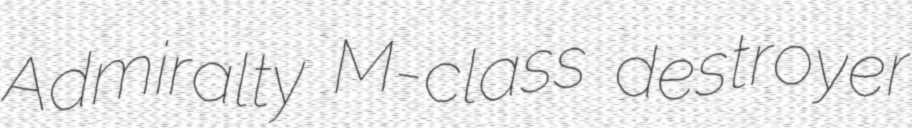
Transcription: Admiralty M-class destroyer